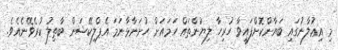
މި އިޢުލާނުގައި ބަޔާންކޮށްފައިވާ ހުރިހާ ލިޔުންތައް ހަމައަށް ހުށަނާޅާނަމަ އެޕްލިކޭޝަން ބާޠިލު ކުރެވޭނެއެވެ.